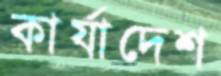
কার্যাদেশ